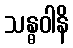
သန္ဓဝါနိ